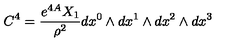
C ^ { 4 } = { \frac { e ^ { 4 A } X _ { 1 } } { \rho ^ { 2 } } } d x ^ { 0 } \wedge d x ^ { 1 } \wedge d x ^ { 2 } \wedge d x ^ { 3 }